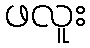
ဖလူး